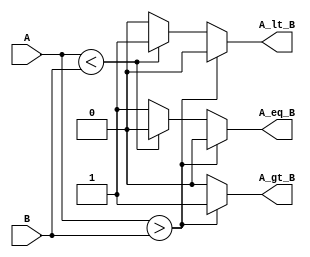
module ParameterizedComparator #(parameter WIDTH = 8) (
    input  [WIDTH-1:0] A,    // Input A
    input  [WIDTH-1:0] B,    // Input B
    output reg A_gt_B,       // A greater than B
    output reg A_lt_B,       // A less than B
    output reg A_eq_B        // A equal to B
);

    // Always block to evaluate the comparisons
    always @(*) begin
        // Initialize outputs to false
        A_gt_B = 0;
        A_lt_B = 0;
        A_eq_B = 0;

        // Compare A and B
        if (A > B) begin
            A_gt_B = 1;    // A is greater than B
        end else if (A < B) begin
            A_lt_B = 1;    // A is less than B
        end else begin
            A_eq_B = 1;    // A is equal to B
        end
    end

endmodule